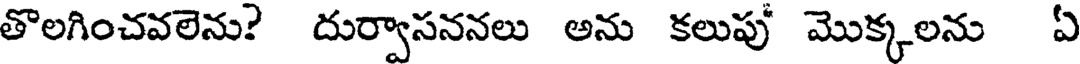
తొలగించవలెను? దుర్వాసననలు అను కలుపు మొక్కలను ఏ